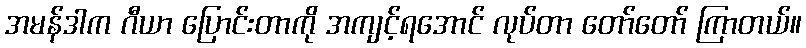
အမန်ဒါက ဂီယာ ပြောင်းတာကို အကျင့်ရအောင် လုပ်တာ တော်တော် ကြာတယ်။